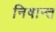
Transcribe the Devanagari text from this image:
निषान्त